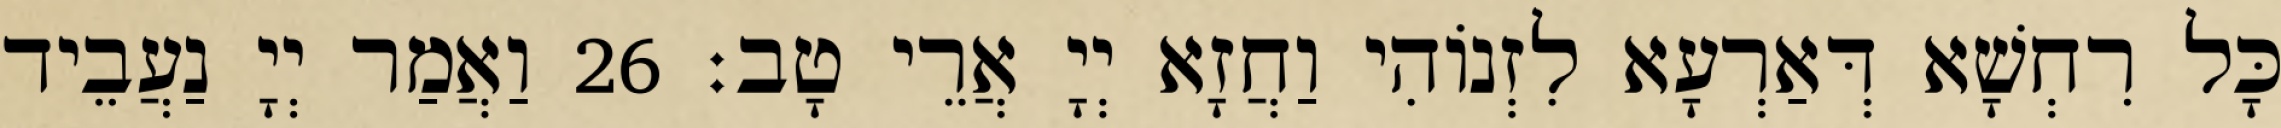
כָּל רִחְשָׁא דְּאַרְעָא לִזְנוֹהִי וַחֲזָא יְיָ אֲרֵי טָב׃ 26 וַאֲמַר יְיָ נַעֲבֵיד